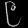
Digit: ၉